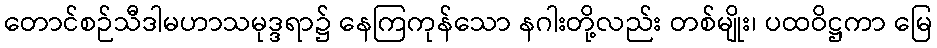
တောင်စဉ်သီဒါမဟာသမုဒ္ဒရာ၌ နေကြကုန်သော နဂါးတို့လည်း တစ်မျိုး၊ ပထဝိဋ္ဌကာ မြေ